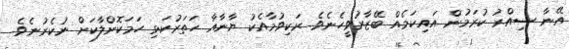
އޭނާ ސިއްރު ކުރަމުން އައިކަމެއް ބޭޒާރުވީހެނެވެ. ރަކިވުމާއެކު ޔާނާއާ ހަތަރުކަޅި ހަމަކޮށްލާކަށް ނުކެރުނެވެ.